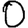
Digit: 0